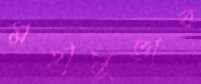
মহানুভাব